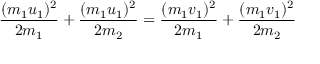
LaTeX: { \frac { ( m _ { 1 } u _ { 1 } ) ^ { 2 } } { 2 m _ { 1 } } } + { \frac { ( m _ { 1 } u _ { 1 } ) ^ { 2 } } { 2 m _ { 2 } } } = { \frac { ( m _ { 1 } v _ { 1 } ) ^ { 2 } } { 2 m _ { 1 } } } + { \frac { ( m _ { 1 } v _ { 1 } ) ^ { 2 } } { 2 m _ { 2 } } } \,